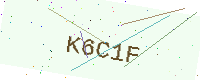
Text: K6C1F